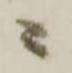
ニ